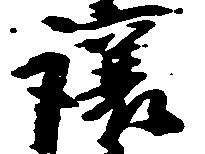
譲